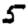
Digit: 5